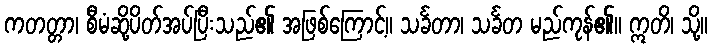
ကတတ္တာ၊ စီမံဆို့ပိတ်အပ်ပြီးသည်၏ အဖြစ်ကြောင့်။ သင်္ခတာ၊ သင်္ခတ မည်ကုန်၏။ ဣတိ၊ သို့။